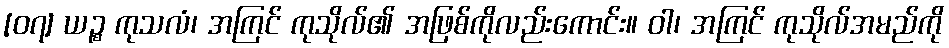
[၀၇] ယဉ္စ ကုသလံ၊ အကြင် ကုသိုလ်၏ အဖြစ်ကိုလည်းကောင်း။ ဝါ၊ အကြင် ကုသိုလ်အမည်ကို